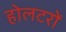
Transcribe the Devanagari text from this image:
होलटरों